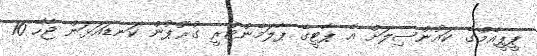
ޕީޕީއެމްގެ ކައުންސިލަށް އެ ޕާޓީގެ ޕާލަމެންޓްރީ ގުރޫޕުން ކަނޑައަަޅަން ޖެހޭ 10